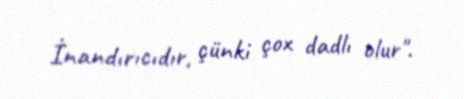
İnandırıcıdır, çünki çox dadlı olur".